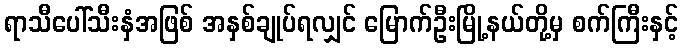
ရာသီပေါ်သီးနှံအဖြစ် အနှစ်ချုပ်ရလျှင် မြောက်ဦးမြို့နယ်တို့မှ စက်ကြီးနှင့်